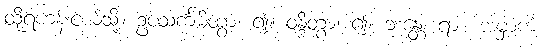
ထိုရဟန်းငယ်သို့။ ဥပသင်္ကမိတွာ၊ ၍။ ဝန္ဒိတွာ၊ ၍။ ဘန္တေ၊ ရား။ အမှာကံ၊